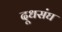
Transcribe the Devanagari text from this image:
दूधसंघ